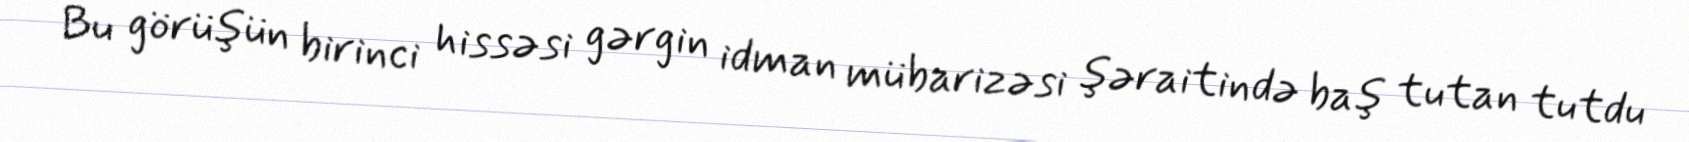
Bu görüşün birinci hissəsi gərgin idman mübarizəsi şəraitində baş tutan tutdu